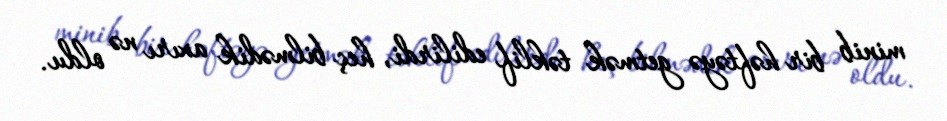
minib bir həftəyə getmək təklif edilirdi, heç bilmədik axırı nə oldu.